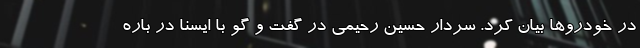
در خودروها بیان کرد. سردار حسین رحیمی در گفت و گو با ایسنا در باره